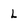
Character: L